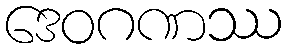
ဒေဝဂဏဿ